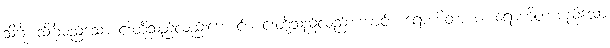
သိင်္ဂူ၊ သိင်္ဂုမည်သော ငါးတို့သည်လည်းကောင်း။ ငါးတို့သည်လည်းကောင်း။ ရောဟိတာ စ၊ ရောဟိတာမည်သော